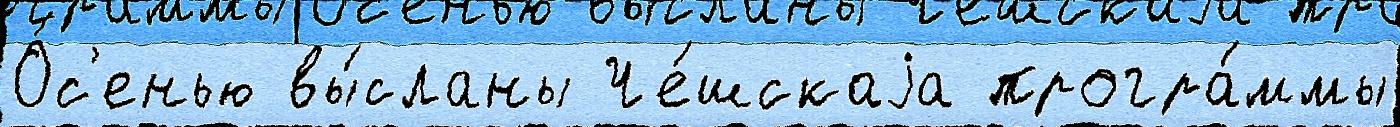
О́с'енью вы́сланы Че́шскаjа програ́ммы